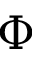
\Phi